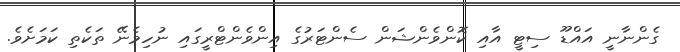
ގެންނާނީ އައްޑޫ ސިޓީ އާއި ކޮންވެންޝަން ސެންޓަރުގެ އިންވެންޓްރީގައި ނުހިމެނޭ ތަކެތި ކަމަށެވެ.